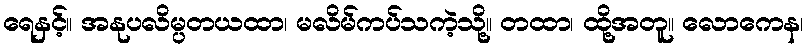
ရေနှင့်။ အနုပလိမ္ပတယထာ၊ မလိမ်ကပ်သကဲ့သို့။ တထာ၊ ထို့အတူ။ လောကေန၊